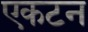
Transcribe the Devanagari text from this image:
एकटन